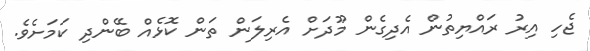
ޖެހި އިރު ރައްޔިތުން އެދިގެން މޫދަށް އެރިލަން ތަން ކޮޅެއް ބޭންދި ކަމަށެވެ.